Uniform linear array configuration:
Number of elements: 16
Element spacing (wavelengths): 1
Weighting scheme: cosine
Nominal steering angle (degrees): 30
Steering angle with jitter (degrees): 31.305
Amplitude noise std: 0.05
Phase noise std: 0.05

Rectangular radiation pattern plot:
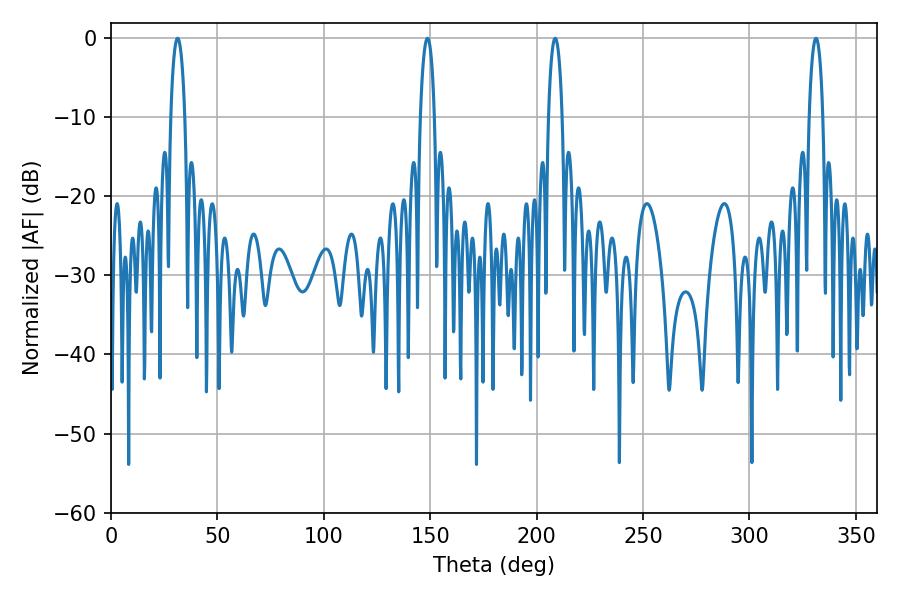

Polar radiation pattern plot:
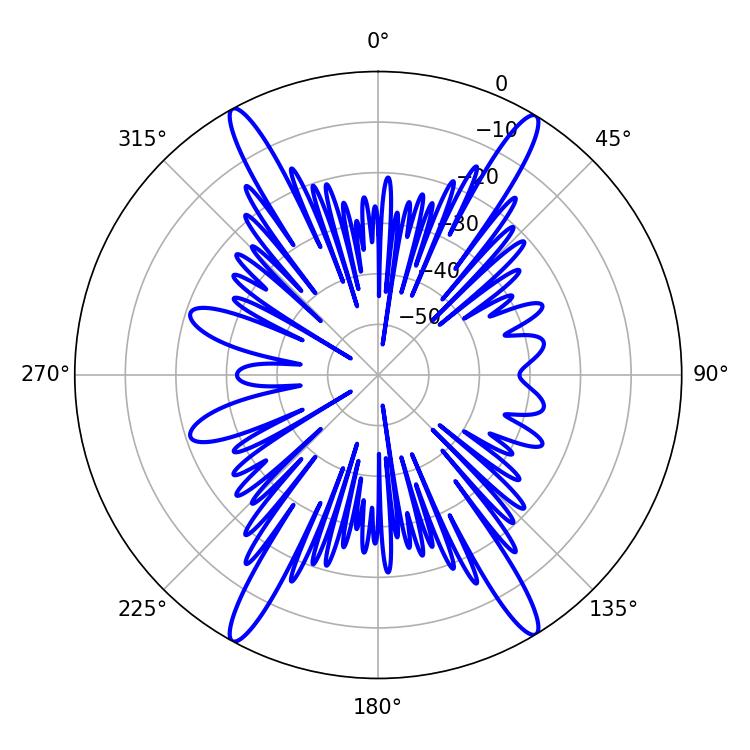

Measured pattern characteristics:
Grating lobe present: TRUE
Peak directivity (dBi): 24.972
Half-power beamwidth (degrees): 3.6
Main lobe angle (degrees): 148.68